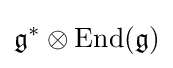
{\mathfrak {g}}^{\ast }\otimes \mathrm {End} ({\mathfrak {g}})